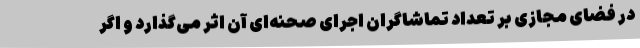
در فضای مجازی بر تعداد تماشاگران اجرای صحنه‌ای آن اثر می‌گذارد و اگر